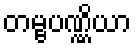
တမ္ဗပဏ္ဏိယာ